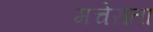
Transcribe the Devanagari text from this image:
मचेराता